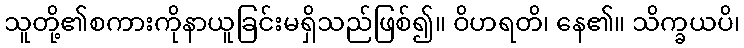
သူတို့၏စကားကိုနာယူခြင်းမရှိသည်ဖြစ်၍။ ဝိဟရတိ၊ နေ၏။ သိက္ခယပိ၊